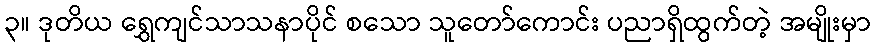
၃။ ဒုတိယ ရွှေကျင်သာသနာပိုင် စသော သူတော်ကောင်း ပညာရှိထွက်တဲ့ အမျိုးမှာ